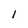
Character: 1